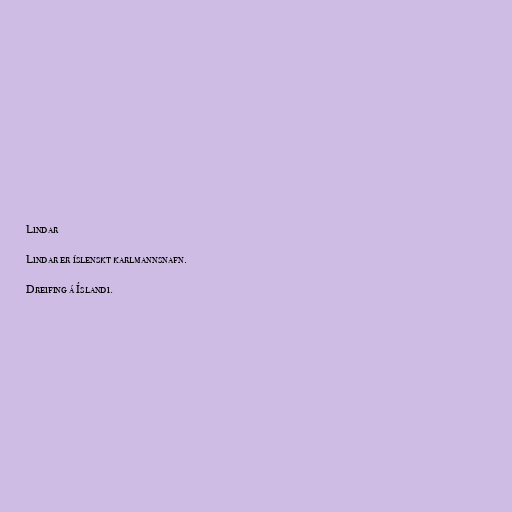
Lindar

Lindar er íslenskt karlmannsnafn.

Dreifing á Íslandi.